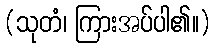
(သုတံ၊ ကြားအပ်ပါ၏။)